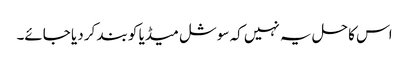
اس کا حل یہ نہیں کہ سوشل میڈیا کو بند کر دیا جائے۔